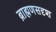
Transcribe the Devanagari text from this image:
ब्राह्मणसदृश